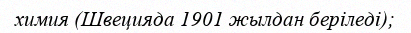
химия (Швецияда 1901 жылдан беріледі);